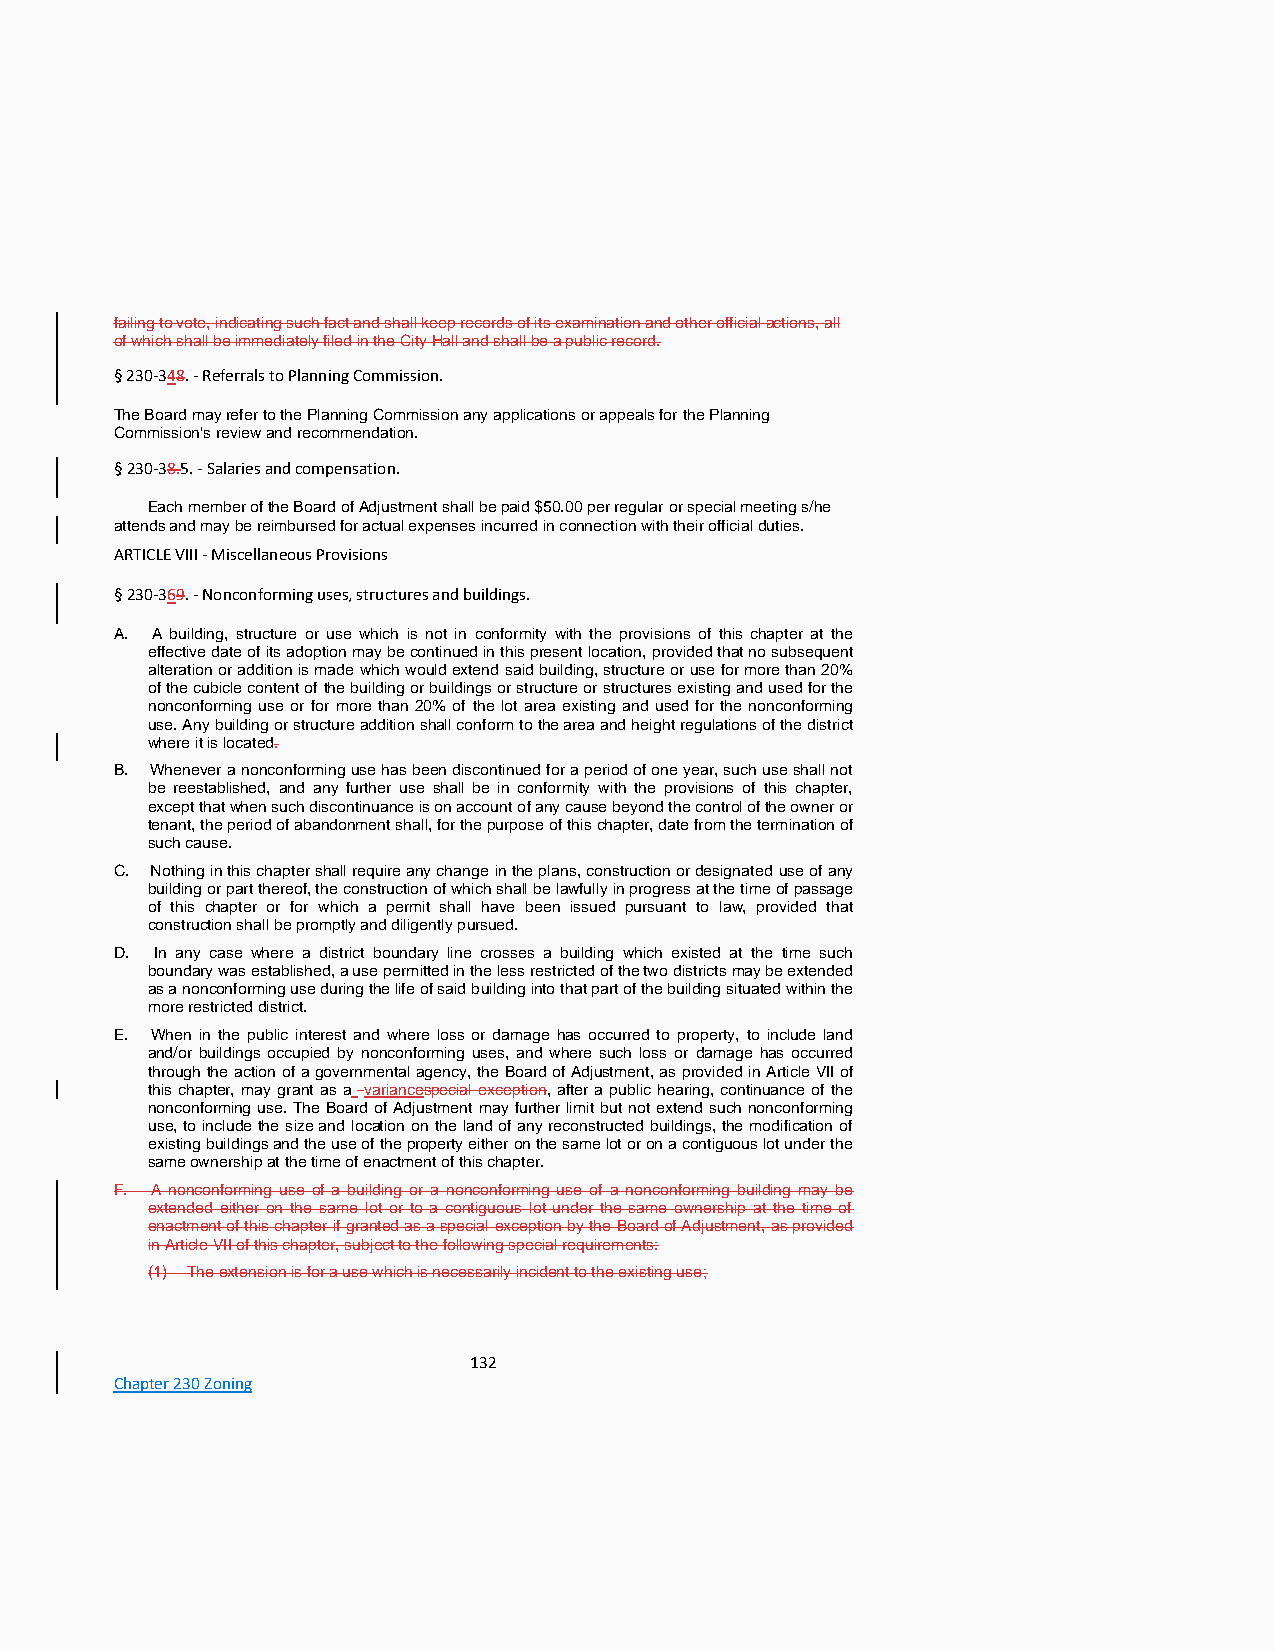
failing to vote, indicating such fact and shall keep records of its examination and other official actions, all
 of which shall be immediately filed in the City Hall and shall be a public record.
 § 230-348. - Referrals to Planning Commission.
 The Board may refer to the Planning Commission any applications or appeals for the Planning
 Commission's review and recommendation.
 § 230-38.5. - Salaries and compensation.
 Each member of the Board of Adjustment shall be paid $50.00 per regular or special meeting s/he
 attends and may be reimbursed for actual expenses incurred in connection with their official duties.
 ARTICLE VIII - Miscellaneous Provisions
 § 230-369. - Nonconforming uses, structures and buildings.
 A. A building, structure or use which is not in conformity with the provisions of this chapter at the
 effective date of its adoption may be continued in this present location, provided that no subsequent
 alteration or addition is made which would extend said building, structure or use for more than 20%
 of the cubicle content of the building or buildings or structure or structures existing and used for the
 nonconforming use or for more than 20% of the lot area existing and used for the nonconforming
 use. Any building or structure addition shall conform to the area and height regulations of the district
 where it is located.
 B. Whenever a nonconforming use has been discontinued for a period of one year, such use shall not
 be reestablished, and any further use shall be in conformity with the provisions of this chapter,
 except that when such discontinuance is on account of any cause beyond the control of the owner or
 tenant, the period of abandonment shall, for the purpose of this chapter, date from the termination of
 such cause.
 C. Nothing in this chapter shall require any change in the plans, construction or designated use of any
 building or part thereof, the construction of which shall be lawfully in progress at the time of passage
 of this chapter or for which a permit shall have been issued pursuant to law, provided that
 construction shall be promptly and diligently pursued.
 D. In any case where a district boundary line crosses a building which existed at the time such
 boundary was established, a use permitted in the less restricted of the two districts may be extended
 as a nonconforming use during the life of said building into that part of the building situated within the
 more restricted district.
 E. When in the public interest and where loss or damage has occurred to property, to include land
 and/or buildings occupied by nonconforming uses, and where such loss or damage has occurred
 through the action of a governmental agency, the Board of Adjustment, as provided in Article VII of
 this chapter, may grant as a variancespecial exception, after a public hearing, continuance of the
 nonconforming use. The Board of Adjustment may further limit but not extend such nonconforming
 use, to include the size and location on the land of any reconstructed buildings, the modification of
 existing buildings and the use of the property either on the same lot or on a contiguous lot under the
 same ownership at the time of enactment of this chapter.
 F. A nonconforming use of a building or a nonconforming use of a nonconforming building may be
 extended either on the same lot or to a contiguous lot under the same ownership at the time of
 enactment of this chapter if granted as a special exception by the Board of Adjustment, as provided
 in Article VII of this chapter, subject to the following special requirements:
 (1) The extension is for a use which is necessarily incident to the existing use;
 132
 Chapter 230 Zoning